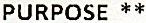
PURPOSE **